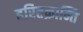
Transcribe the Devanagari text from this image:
हरितक्रान्ति